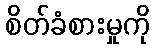
စိတ်ခံစားမှုကို